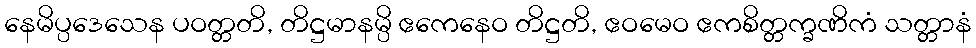
နေမိပ္ပဒေသေန ပဝတ္တတိ, တိဋ္ဌမာနမ္ပိ ဧကေနေဝ တိဋ္ဌတိ, ဧဝမေဝ ဧကစိတ္တက္ခဏိကံ သတ္တာနံ